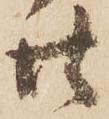
廿